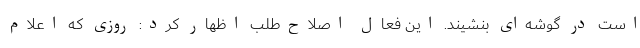
است در گوشه‌ای بنشیند. این فعال اصلاح‌طلب اظهار کرد: روزی که اعلام